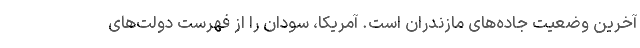
آخرین وضعیت جاده‌های مازندران است. آمریکا، سودان را از فهرست دولت‌های